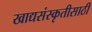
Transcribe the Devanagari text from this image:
खाद्यसंस्कृतीसाठी